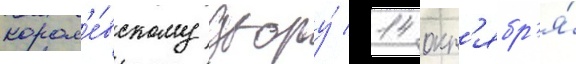
корол'е́вскому двору́ 14 окт'ябр'я́